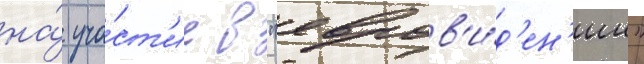
на́ уча́ст'ие в "евров'и́д'ен'ии"